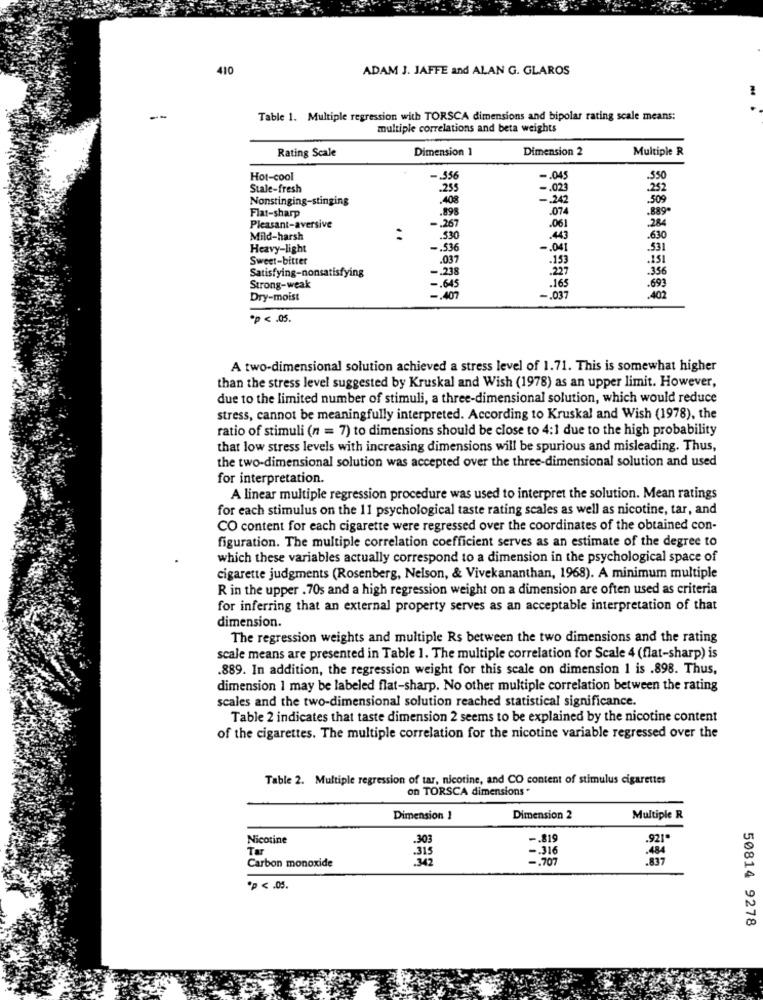
410
ADAM J. JAFFE and ALAN G. GLAROS
Table 1. Multiple regression with TORSCA dimensions and bipolar rating scale means:
multiple correlations and beta weights
Rating Scale
Dimension 1
Dimension 2
Multiple R
Hot-cool
-. 356
-. 045
Stale-fresh
.255
-. 023
Nonstinging-stinging
.408
-. 242
509
Flat-sharp
.898
.074
-889-
-. 267
Pleasant-aversive
.061
284
Mild-harsh
..
.530
.443
.630
Heavy-light
-. 536
-. 041
531
Sweet-bitter
.037
.153
.151
-. 238
.227
Satisfying-nonsatisfying
.356
Strong-weak
-. 645
-. 037
.165
.693
Dry-moist
-. 407
.402
*p < . 05.
A two-dimensional solution achieved a stress level of 1.71. This is somewhat higher
than the stress level suggested by Kruskal and Wish (1978) as an upper limit. However,
due to the limited number of stimuli, a three-dimensional solution, which would reduce
stress, cannot be meaningfully interpreted. According to Kruskal and Wish (1978), the
ratio of stimuli (n = 7) to dimensions should be close to 4:1 due to the high probability
that low stress levels with increasing dimensions will be spurious and misleading. Thus,
the two-dimensional solution was accepted over the three-dimensional solution and used
for interpretation.
A linear multiple regression procedure was used to interpret the solution. Mean ratings
for each stimulus on the 11 psychological taste rating scales as well as nicotine, tar, and
CO content for each cigarette were regressed over the coordinates of the obtained con-
figuration. The multiple correlation coefficient serves as an estimate of the degree to
which these variables actually correspond to a dimension in the psychological space of
cigarette judgments (Rosenberg, Nelson, & Vivekananthan, 1968). A minimum multiple
R in the upper . 70s and a high regression weight on a dimension are often used as criteria
for inferring that an external property serves as an acceptable interpretation of that
dimension.
The regression weights and multiple Rs between the two dimensions and the rating
scale means are presented in Table 1. The multiple correlation for Scale 4 (flat-sharp) is
.889. In addition, the regression weight for this scale on dimension 1 is .898. Thus,
dimension 1 may be labeled flat-sharp. No other multiple correlation between the rating
scales and the two-dimensional solution reached statistical significance.
Table 2 indicates that taste dimension 2 seems to be explained by the nicotine content
of the cigarettes. The multiple correlation for the nicotine variable regressed over the
Table 2. Multiple regression of tar, nicotine, and CO content of stimulus cigarettes
on TORSCA dimensions *
Dimension 1
Dimension 2
Multiple R
Nicotine
.303
-. 819
.921.
Tar
-. 316
.484
Carbon monoxide
-. 707
.837
·> < . 05.
50814 9278